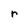
Character: r